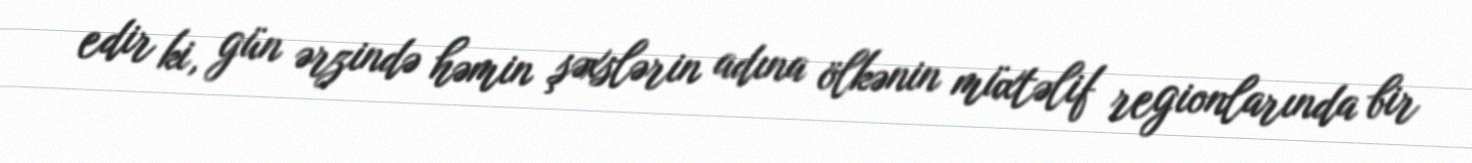
edir ki, gün ərzində həmin şəxslərin adına ölkənin müxtəlif regionlarında bir